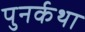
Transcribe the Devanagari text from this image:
पुनर्कथा